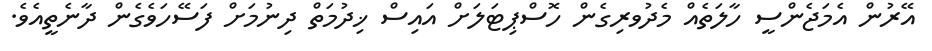
އޭރުން އެމަޖެންސީ ހާލަތެއް މެދުވރިގެން ހޮސްޕިޓަލަށް އައިސް ޚިދުމަތް ދިނުމަށް ފަސޭހަވެގެން ދާނެތީއެވެ.